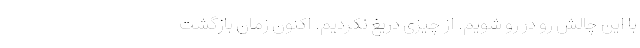
با این چالش رو در رو شویم. از چیزی دریغ نکردیم. اکنون زمان بازگشت